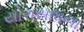
યોગસાધના